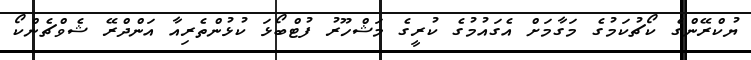
ޔުކްރޭންގެ ކޯޗުކަމުގެ މަގާމަށް އެގައުމުގެ ކުރީގެ މަޝްހޫރު ފުޓްބޯޅަ ކުޅުންތެރިއާ އަންދްރޭ ޝެވްޗެންކޯ